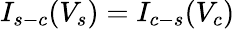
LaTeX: I_{s-c}(V_{s})=I_{c-s}(V_{c})